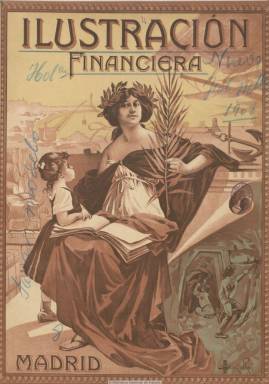
Título: La Ilustración financiera
Colección: Economía
Ámbito geográfico: Madrid
Lugar de publicación: Madrid
Fechas: 01/04/1908-25/12/1935

Publicación económica especializada y dedicada fundamentalmente a los seguros y a la banca, además de al comercio, la industria, la bolsa, agricultura, hacienda, ferrocarriles, minas, e incluso, en algún momento, a ingeniería y educación nacional. Su propietario y editor es el periodista y escritor de asuntos financieros José Félix García Ceballos Teresí, que desde 1901 venía también dirigiendo el semanario El financiero, y que a partir de abril de 1908 comienza a publicar cada mes esta nueva revista de carácter ilustrado y lujosa edición, incluyendo numerosos fotograbados, además de insertar al final de cada número una sección de Actualidades, en la que incluirá textos literarios o notas de sociedad.

García Ceballos pretendió que esta revista, con cubierta ilustrada a varias tintas, no sólo fuera del interés de los “hombres de negocios, sino también entre cuantas personas formen parte de toda familia acomodada”, e inclusive –dice- las mujeres. Por ello, en el tiempo que tuvo la sección de Actualidades, dará cuenta de asuntos de sociedad, artísticos, deportivos, teatrales, necrológicos, políticos, taurinos y hasta de modas, pues su fin inicial era que fuera, además de una revista útil, también agradable y amena por la variedad de sus textos.

Pero el grueso de cada entrega, en torno a las 32 páginas en su primer año de vida y compuesta, en general, a dos columnas, la integrarán textos y estudios de carácter económico, financiero, bancario y de seguros, además de otros referidos a la industria, la legislación comercial, etc. Comienza cada número con una Crónica, en la que son comentados los hechos más destacados del mes anterior, cuya sección pasará después a denominarse La situación. También dedica especial atención a las cotizaciones de los valores bursátiles, sobre las que ofrece sus impresiones, así como a las de los productos de consumo de los mercados, incluidos los minerales. Ofrece directorios de representantes de las compañías aseguradoras y bancarias, y contará también con un nutrido número de anuncios comerciales de estas compañías y entidades.

A ello suma numerosos fotograbados de retratos de personalidades relacionadas con la economía, las finanzas y las empresas, pero también de políticos, o de artistas cuando comenta los estrenos teatrales, Asimismo, sus fotografías dan cuenta de los edificios que fueron construidos o comprados para sedes de las compañías, además de estampar otras instantáneas de sus oficinas, despachos de sus directores o de las salas de sus consejos de administración. Al principio, su última página lleva el epígrafe Actualidad gráfica, al incluir un dibujo o una caricatura, de Vicente Ibáñez, que aparece como su redactor artístico, mientras que sus fotografías serán de Orestes Calvet. Y llegará a anunciar que desde enero de 1912,ofrecería cada domingo Actualidades gráficas como suplemento gratuito para sus suscriptores.

A partir de 1910 la revista pasa a ser decenal (saliendo los días 10, 20 y 30 de cada mes), aunque reduciendo su paginación de las 32 páginas a entre 12 y 16. Y a partir de 1912 su frecuencia de aparición será semanal, durante mucho tiempo saliendo cada martes y, por último, los miércoles. Su paginación también variará de nuevo, entre las 8 y las 16 páginas, pero, generalmente, sus entregas serán de doce páginas, que formarán tomos anuales, ofreciendo en la última de diciembre un sumario de sumarios a modo de índice.

Durante el primer año estuvo dirigida por un Consejo de Redacción, pero pronto García Ceballos aparece como su director efectivo. También en su cabecera indicará el nombre, sucesivamente, de sus administradores, el de Ricardo Campos y el de José González; redactores jefes, León Vega y J.E. Medina; secretarios de redacción, Pablo Inestal y R. García Bernaldo de Quirós; o redactor-administrador, José María Vidal.

Los contenidos de La ilustración financiera se irán reduciendo únicamente a los estrictamente económicos y sus fotograbados irán escaseando para cuando se convierta en suplemento dominical de El financiero, al pasar este a ser diario en 1935. García Ceballos, que fue un polifacético periodista, editor y escritor económico muy conservador, que no había ocultado su antipatía contra el régimen republicano pero también su afinidad entusiasta con el Partido Radical de Alejandro Lerroux, sería asesinado tras el golpe de Estado del 18 de julio de 1936 y el estallido de la guerra civil, y sus oficinas e imprenta incautadas para el Sindicato de Artes Gráficas.